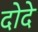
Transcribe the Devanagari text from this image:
दोदे